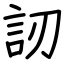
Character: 訒